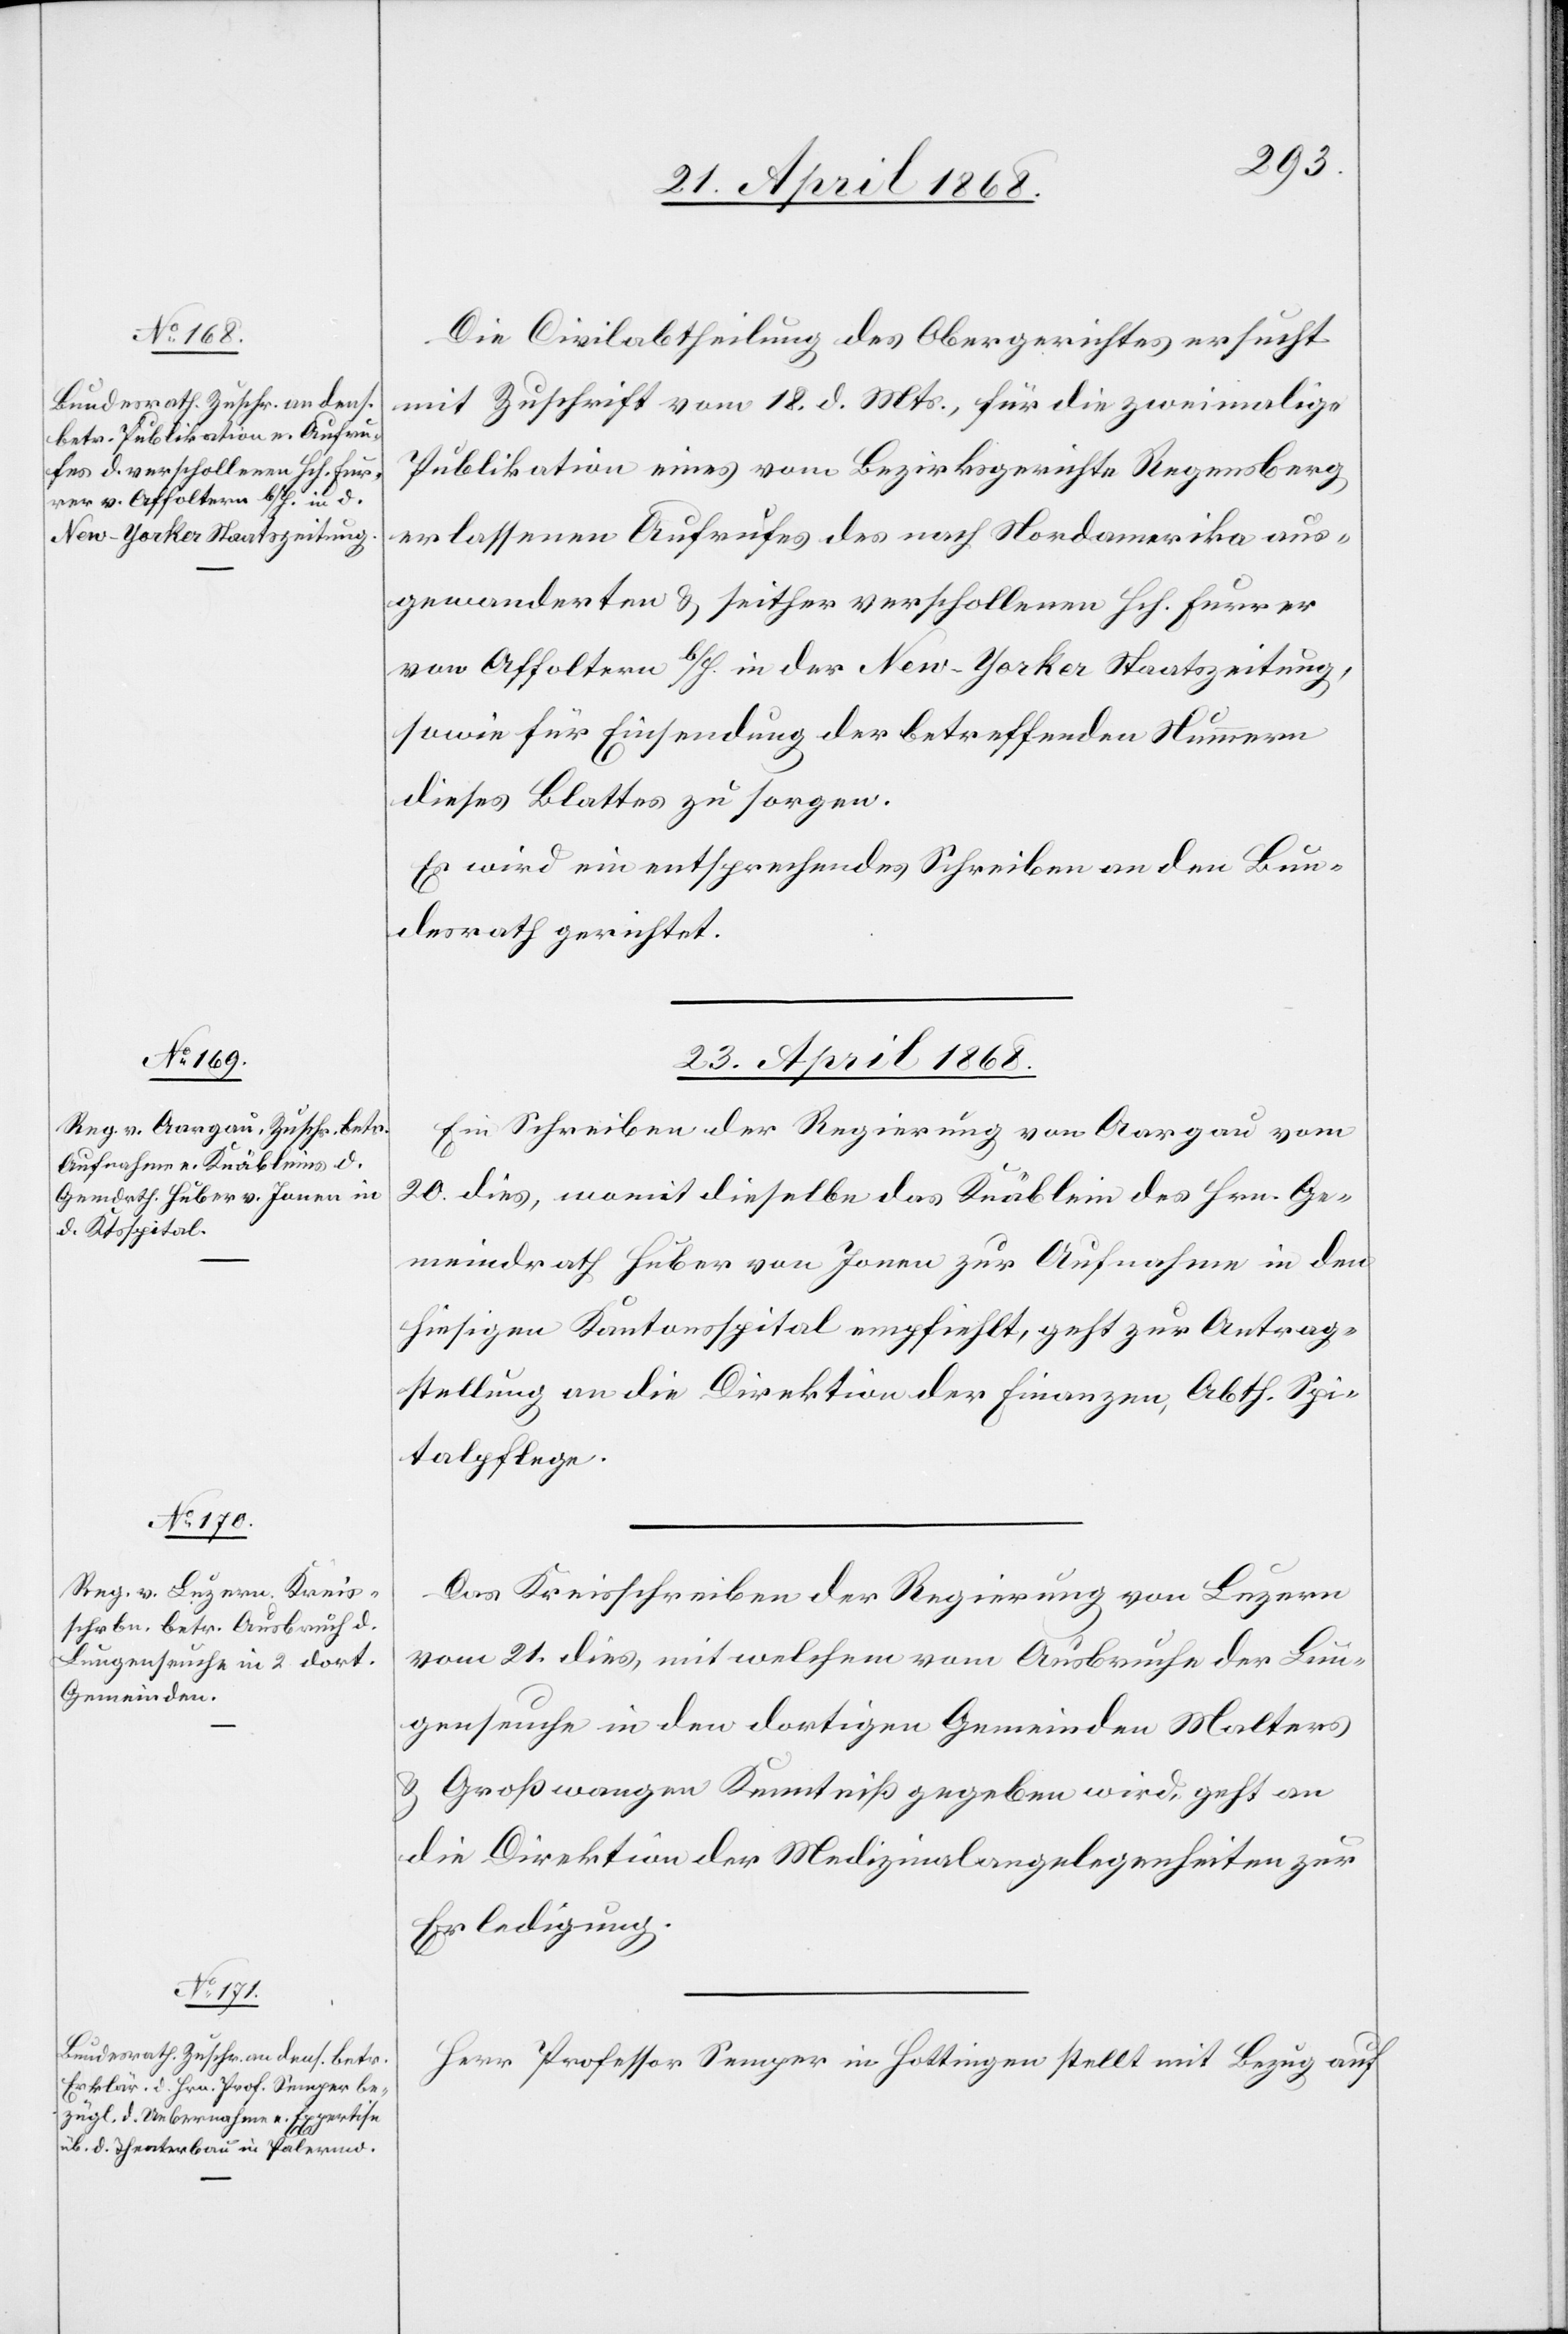
Die Civilabtheilung des Obergerichtes ersucht
mit Zuschrift vom 18. d. Mts., für die zweimalige
Publikation eines vom Bezirksgerichte Regensberg
erlassenen Aufrufes des nach Nordamerika aus¬
gewanderten & seither verschollenen Hch. Furrer
von Affoltern b/H. in der New-Yorker Staatszeitung,
sowie für Einsendung der betreffenden Nummern
dieses Blattes zu sorgen.
Es wird ein entsprechendes Schreiben an den Bun¬
desrath gerichtet.
23. April 1868.]
Ein Schreiben der Regierung von Aargau vom
20. dies, womit dieselbe das Knäblein des Hrn. Ge¬
meindrath Huber von Jonen zur Aufnahme in den
hiesigen Kantonsspital empfiehlt, geht zur Antrag¬
stellung an die Direktion der Finanzen, Abth. Spi¬
talpflege.
Das Kreisschreiben der Regierung von Luzern
vom 21. dies, mit welchem vom Ausbruche der Lun¬
genseuche in den dortigen Gemeinden Malters
& Großwangen Kenntniß gegeben wird, geht an
die Direktion der Medizinalangelegenheiten zur
Erledigung.
Herr Professor Semper in Hottingen stellt mit Bezug auf